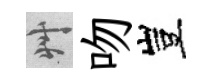
艸吻豈